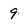
Character: 9